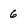
Character: 6